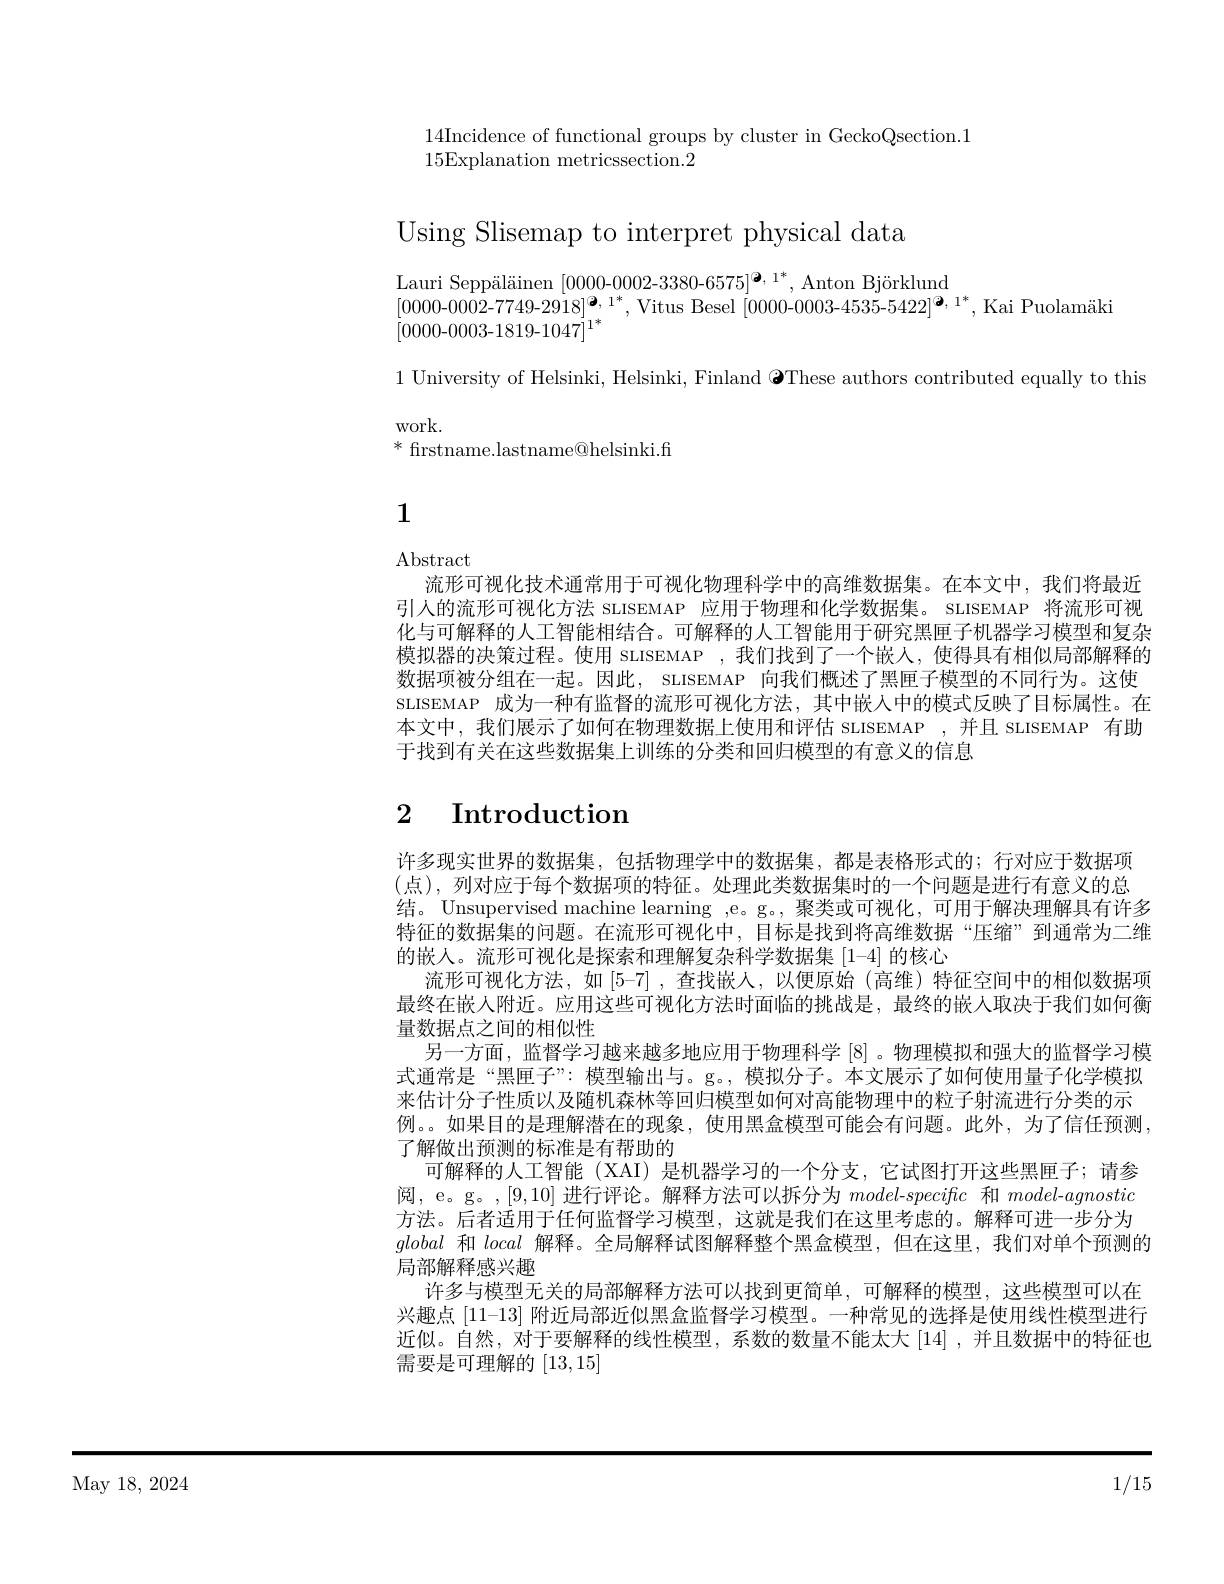
14Incidence of functional groups by cluster in GeckoQsection.1
15Explanation metricssection.2

Using Slisemap to interpret physical data

Lauri Seppäläinen [0000-0002-3380-6575]$^{\boldsymbol{a},1*}$, Anton Björklund
$[0000-0002-7749-2918]_{1*}^{\boldsymbol{a},1*}$,Vitus Besel $[0000-0003-4535-5422]^{\boldsymbol{a},1*}$,Kai Puolamäki
$[0000-0003-1819-1047]^{17}$

1 University of Helsinki, Helsinki, Finland $\Theta$These authors contributed equally to this
work.
$^*$ firstname.lastname@helsinki.fi

1

Abstract
流形可视化技术通常用于可视化物理科学中的高维数据集。在本文中，我们将最近引人的流形可视化方法 SLISEMAP 应用于物理和化学数据集。SLISEMAP 将流形可视化与可解释的人工智能相结合。可解释的人工智能用于研究黑匣子机器学习模型和复杂模拟器的决策过程。使用 SLISEMAP ,我们找到了一个嵌人，使得具有相似局部解释的数据项被分组在一起。因此，SLISEMAP 向我们概述了黑匣子模型的不同行为。这使SLISEMAP 成为一种有监督的流形可视化方法，其中嵌人中的模式反映了目标属性。在本文中，我们展示了如何在物理数据上使用和评估 SLISEMAP ,并且 SLISEMAP 有助于找到有关在这些数据集上训练的分类和回归模型的有意义的信息

# $\begin{array}{cc}2&\text{Introduction}\end{array}$

许多现实世界的数据集，包括物理学中的数据集，都是表格形式的；行对应于数据项(点),列对应于每个数据项的特征。处理此类数据集时的一个问题是进行有意义的总结。Unsupervised machine learning ,e。g。, 聚类或可视化，可用于解决理解具有许多特征的数据集的问题。在流形可视化中，目标是找到将高维数据“压缩”到通常为二维的嵌人。流形可视化是探索和理解复杂科学数据集 [1-4] 的核心
流形可视化方法，如 [5-7] ,查找嵌人，以便原始 (高维)特征空间中的相似数据项最终在嵌人附近。应用这些可视化方法时面临的挑战是，最终的嵌人取决于我们如何衡量数据点之间的相似性
另一方面，监督学习越来越多地应用于物理科学[8] 。物理模拟和强大的监督学习模式通常是“黑匣子”: 模型输出与。g。, 模拟分子。本文展示了如何使用量子化学模拟来估计分子性质以及随机森林等回归模型如何对高能物理中的粒子射流进行分类的示例。。如果目的是理解潜在的现象，使用黑盒模型可能会有问题。此外，为了信任预测， 了解做出预测的标准是有帮助的
可解释的人工智能 (XAI) 是机器学习的一个分支，它试图打开这些黑匣子；请参阅，e。g。,[9,10] 进行评论。解释方法可以拆分为$model-specifc$和$model-agnostic$ 方法。后者适用于任何监督学习模型，这就是我们在这里考虑的。解释可进一步分为global和local解释。全局解释试图解释整个黑盒模型，但在这里，我们对单个预测的
局部解释感兴趣
许多与模型无关的局部解释方法可以找到更简单，可解释的模型，这些模型可以在兴趣点[11-13]附近局部近似黑盒监督学习模型。一种常见的选择是使用线性模型进行近似。自然，对于要解释的线性模型，系数的数量不能太大[14],并且数据中的特征也需要是可理解的[13,15]

May 18,  2024

1/15